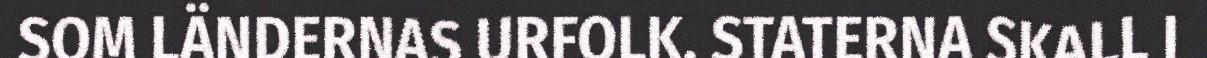
SOM LÄNDERNAS URFOLK. STATERNA SKALL I